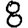
Digit: 8